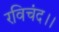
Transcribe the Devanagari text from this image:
रविचंद।।